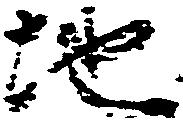
地